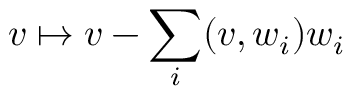
v \mapsto v - \sum _ { i } ( v , w _ { i } ) w _ { i }